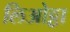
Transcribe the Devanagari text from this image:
लिओट्टा